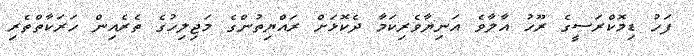
ފަހު ޑިމޮކްރަސީގެ ރޫހު އާލާވެ އަނިޔާވެރިކަމާ ދެކޮޅަށް ރައްޔިތުންގެ މަޖިލިހުގެ ތެރެއިން ހަރަކާތްތެރި